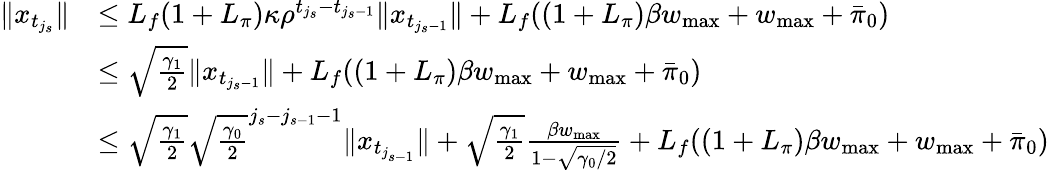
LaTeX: \begin{array}{rl}{\| x_{t_{j_{s}}}\| }&{\leq L_{f}(1+L_{\pi})\kappa\rho^{t_{j_{s}}-t_{j_{s}-1}}\| x_{t_{j_{s}-1}}\| +L_{f}((1+L_{\pi})\beta w_{\operatorname*{max}}+w_{\operatorname*{max}}+\bar{\pi}_{0})}\\ &{\leq\sqrt{\frac{\gamma_{1}}{2}}\| x_{t_{j_{s}-1}}\| +L_{f}((1+L_{\pi})\beta w_{\operatorname*{max}}+w_{\operatorname*{max}}+\bar{\pi}_{0})}\\ &{\leq\sqrt{\frac{\gamma_{1}}{2}}\sqrt{\frac{\gamma_{0}}{2}}^{j_{s}-j_{s-1}-1}\| x_{t_{j_{s-1}}}\| +\sqrt{\frac{\gamma_{1}}{2}}\frac{\beta w_{\operatorname*{max}}}{1-\sqrt{\gamma_{0}/2}}+L_{f}((1+L_{\pi})\beta w_{\operatorname*{max}}+w_{\operatorname*{max}}+\bar{\pi}_{0})}\end{array}